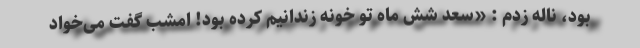
بود، ناله زدم : «سعد شش ماه تو خونه زندانیم کرده بود! امشب گفت می‌خواد